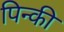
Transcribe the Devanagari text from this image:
पिन्की